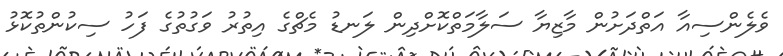
ވެލެންސިއާ އަތްދަށުން މާޒިޔާ ސަލާމަތްކޮށްދިން ލަނޑު މެޗްގެ އިތުރު ވަގުތުގެ ފަހު ސިކުންތުކޮޅު